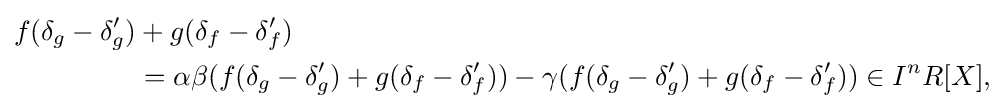
{\begin{aligned}f(\delta _{g}-\delta '_{g})&+g(\delta _{f}-\delta '_{f})\\&=\alpha \beta (f(\delta _{g}-\delta '_{g})+g(\delta _{f}-\delta '_{f}))-\gamma (f(\delta _{g}-\delta '_{g})+g(\delta _{f}-\delta '_{f}))\in I^{n}R[X],\end{aligned}}